Civil Veterinary Dept. North-West Frontier Province 1901-22 - 1901-1922
Year: 1901
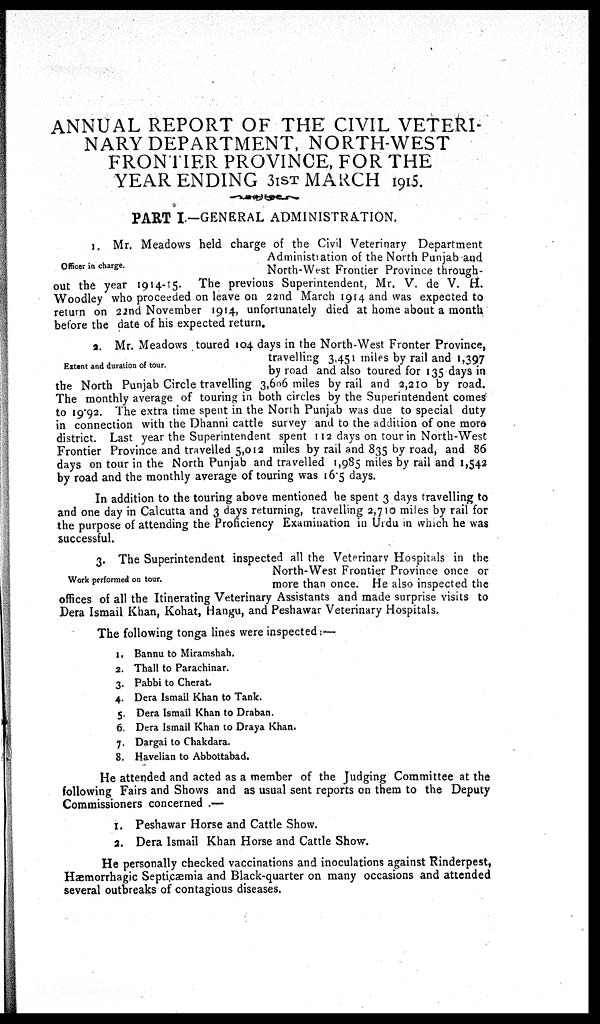
ANNUAL REPORT OF THE CIVIL VETERI-
NARY DEPARTMENT, NORTH-WEST
FRONTIER PROVINCE, FOR THE
YEAR ENDING 31ST MARCH 1915.
PART I—GENERAL ADMINISTRATION.
Officer in charge.
1. Mr. Meadows held charge of the Civil Veterinary Department
Administration of the North Punjab and
North-West Frontier Province through-
out the year 1914-15. The previous Superintendent, Mr. V. de V. H.
Woodley who proceeded on leave on 22nd March 1914 and was expected to
return on 22nd November 1914, unfortunately died at home about a month
before the date of his expected return.
Extent and duration of tour.
2. Mr. Meadows toured 104 days in the North-West Fronter Province,
travelling 3,451 miles by rail and 1,397
by road and also toured for 135 days in
the North Punjab Circle travelling 3,606 miles by rail and 2,210 by road.
The monthly average of touring in both circles by the Superintendent comes
to 1992. The extra time spent in the North Punjab was due to special duty
in connection with the Dhanni cattle survey and to the addition of one more
district. Last year the Superintendent spent 112 days on tour in North-West
Frontier Province and travelled 5,012 miles by rail and 835 by road, and 86
days on tour in the North Punjab and travelled 1,985 miles by rail and 1,542
by road and the monthly average of touring was 165 days.
In addition to the touring above mentioned he spent 3 days travelling to
and one day in Calcutta and 3 days returning, travelling 2,710 miles by rail for
the purpose of attending the Proficiency Examination in Urdu in which he was
successful.
Work performed on tour.
3. The Superintendent inspected all the Veterinary Hospitals in the
North-West Frontier Province once or
more than once. He also inspected the
offices of all the Itinerating Veterinary Assistants and made surprise visits to
Dera Ismail Khan, Kohat, Hangu, and Peshawar Veterinary Hospitals.
The following tonga lines were inspected :—
1. Bannu to Miramshah.
2. Thall to Parachinar.
3. Pabbi to Cherat.
4. Dera Ismail Khan to Tank.
5. Dera Ismail Khan to Draban.
6. Dera Ismail Khan to Draya Khan.
7. Dargai to Chakdara.
8. Havelian to Abbottabad.
He attended and acted as a member of the Judging Committee at the
following Fairs and Shows and as usual sent reports on them to the Deputy
Commissioners concerned .—
1. Peshawar Horse and Cattle Show.
2. Dera Ismail Khan Horse and Cattle Show.
He personally checked vaccinations and inoculations against Rinderpest,
Hæmorrhagic Septicæmia and Black-quarter on many occasions and attended
several outbreaks of contagious diseases,